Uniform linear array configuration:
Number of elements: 8
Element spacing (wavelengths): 0.75
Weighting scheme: uniform
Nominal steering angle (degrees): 30
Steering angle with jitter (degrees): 31.096
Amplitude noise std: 0.05
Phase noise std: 0.05

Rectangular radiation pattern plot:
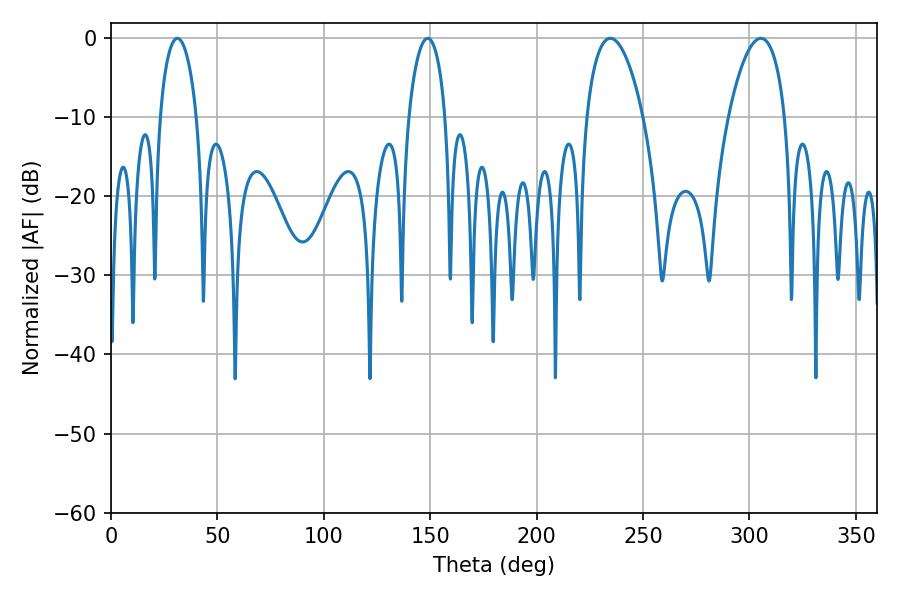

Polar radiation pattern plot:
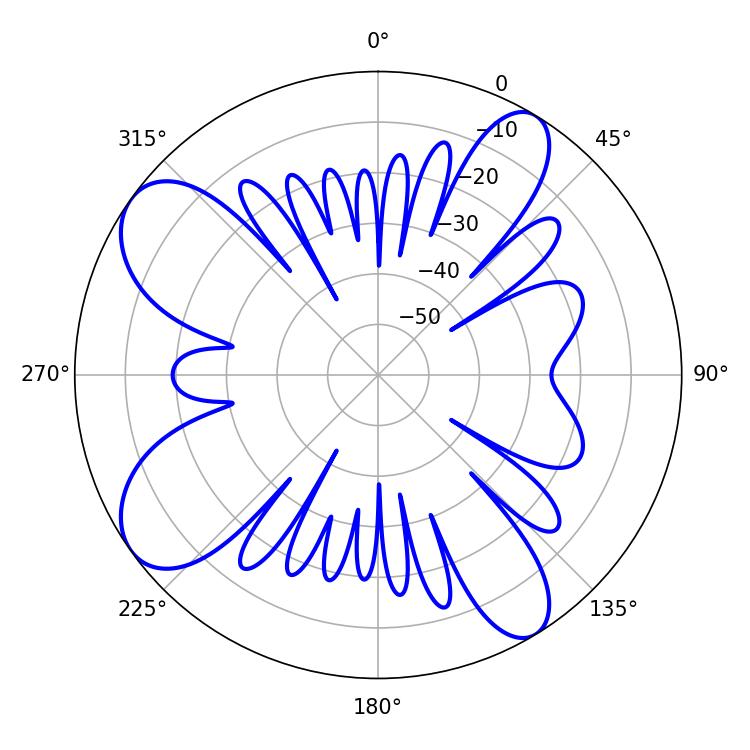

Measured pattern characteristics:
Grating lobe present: TRUE
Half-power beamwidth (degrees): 9.72
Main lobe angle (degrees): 31.14